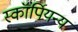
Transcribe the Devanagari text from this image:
स्कॉर्पियन्य